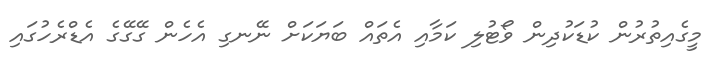
މީގެއިތުރުން ކުޑަކުދިން ވޯޓުލި ކަމާއި އެތައް ބަޔަކަށް ނޭނގި އެހެން ގޭގޭގެ އެޑްރެހުގައި